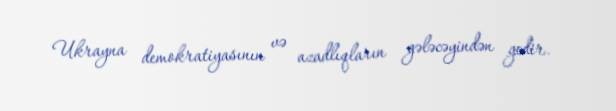
Ukrayna demokratiyasının və azadlıqların gələcəyindən gedir.